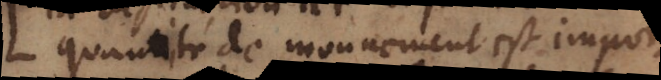
quantité de mouvement est importante